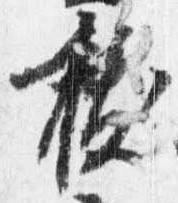
抜